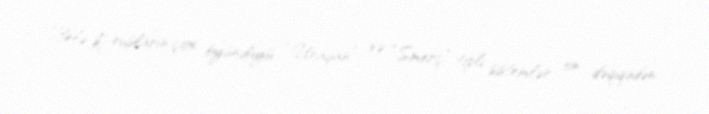
Belə ki, rusların çox öyündüyü “Uraqan” və “Smerç” tipli sistemlər on dəqiqədən